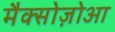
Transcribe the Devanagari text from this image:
मैक्सोज़ोआ